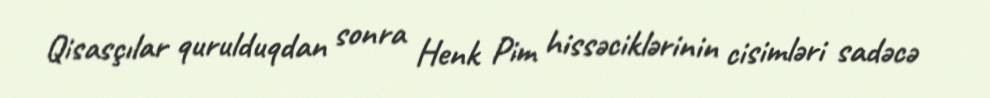
Qisasçılar qurulduqdan sonra Henk Pim hissəciklərinin cisimləri sadəcə